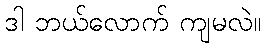
ဒါ ဘယ်လောက် ကျမလဲ။